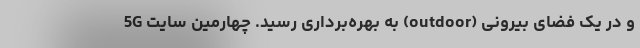
و در یک فضای بیرونی (outdoor) به بهره‌برداری رسید. چهارمین سایت 5G